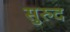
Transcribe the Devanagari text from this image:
सुरुद